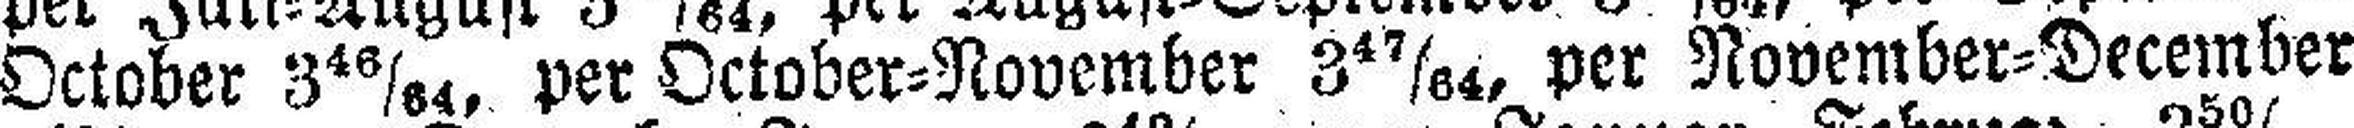
October 3 46/64, per October=November 3 47/64, per November=December